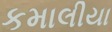
કમાલીયા